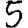
Digit: 5